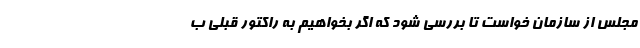
مجلس از سازمان خواست تا بررسی شود که اگر بخواهیم به راکتور قبلی ب